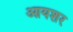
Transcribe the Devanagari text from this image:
आयशर